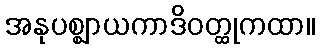
အနုပစ္ဈာယကာဒိဝတ္ထုကထာ။